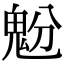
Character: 𩲝